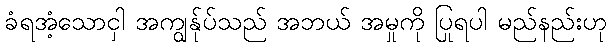
ခံရအံ့သောငှါ အကျွန်ုပ်သည် အဘယ် အမှုကို ပြုရပါ မည်နည်းဟု